Source: Handwritten
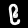
Digit: ၉ (9)